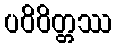
ပဝိဝိတ္တဿ